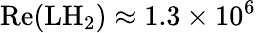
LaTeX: \textrm{Re}(\textrm{LH}_{2})\approx 1.3\times 10^{6}